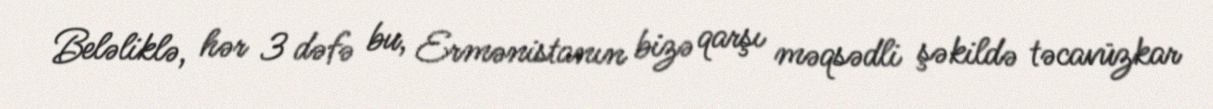
Beləliklə, hər 3 dəfə bu, Ermənistanın bizə qarşı məqsədli şəkildə təcavüzkar